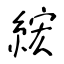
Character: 綋